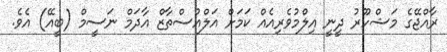
ރާއްޖޭގެ މަޝްހޫރު ދީނީ އިލްމުވެރިއެއް ކަމަށް އަލްއުސްތާޒް އާދަމް ނަސީމް (ބީއޭ) އެވެ.